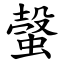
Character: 螜